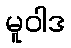
မူဝါဒ